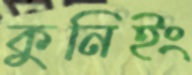
কুনিইং